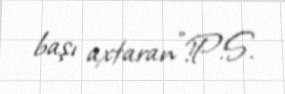
başı axtaran”!P.S.